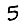
Digit: 5